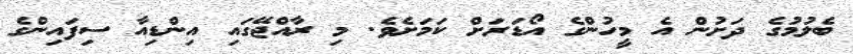
ބެލުމުގެ ދަށުން އެ މީހުންގެ އޯޑަރަށް ކަމަށެވެ. މި ރާއްޖޭގައި އިންޑިއާ ސިފައިންގެ